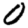
Digit: 0